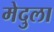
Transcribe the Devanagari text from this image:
मेदुला